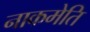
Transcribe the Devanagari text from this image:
नाकमेति